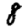
Digit: 8